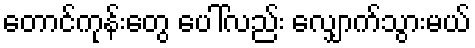
တောင်ကုန်းတွေ ပေါ်လည်း လျှောက်သွားမယ်